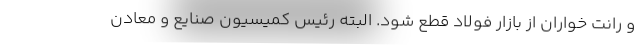
و رانت خواران از بازار فولاد قطع شود. البته رئیس کمیسیون صنایع و معادن